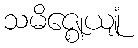
သမိဇ္ဈေယျုံ